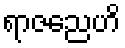
ရာဇညေဟိ